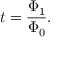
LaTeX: t = \frac { \Phi _ { 1 } } { \Phi _ { 0 } } .